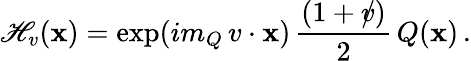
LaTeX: \mathscr{H}_{v}(\mathbf{x})=\exp(im_{Q}\, v\cdot\mathbf{x})\, {\frac{{(1+\rlap/v)}}{{2}}}\, Q(\mathbf{x})\, .